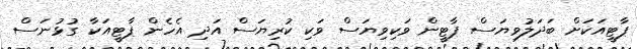
ޕާޓީއަކަށް ބަދަލުވިޔަސް ޕާޓީން ވަކިވިޔަސް ވަކި ކުރިޔަސް އަދި އެހެން ޕާޓީއަކާ ގުޅުނަސް